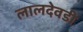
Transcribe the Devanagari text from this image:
लालदेवडी